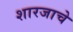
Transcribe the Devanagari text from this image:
शारजाचे